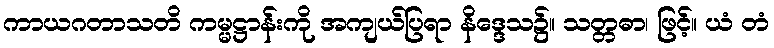
ကာယဂတာသတိ ကမ္မဋ္ဌာန်းကို အကျယ်ပြရာ နိဒ္ဒေသ၌။ သတ္တဓာ၊ ဖြင့်။ ယံ တံ